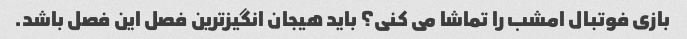
بازی فوتبال امشب را تماشا می کنی؟ باید هیجان انگیزترین فصل این فصل باشد.